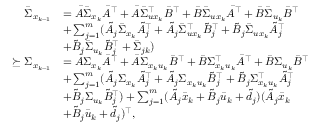
\begin{array} { r l } { \bar { \Sigma } _ { x _ { k + 1 } } } & { = \bar { A } \bar { \Sigma } _ { x _ { k } } \bar { A } ^ { \top } + \bar { A } \bar { \Sigma } _ { u x _ { k } } ^ { \top } \bar { B } ^ { \top } + \bar { B } \bar { \Sigma } _ { u x _ { k } } \bar { A } ^ { \top } + \bar { B } \bar { \Sigma } _ { u _ { k } } \bar { B } ^ { \top } } \\ & { + \sum _ { j = 1 } ^ { m } ( \tilde { A } _ { j } \bar { \Sigma } _ { x _ { k } } \tilde { A } _ { j } ^ { \top } + \tilde { A } _ { j } \bar { \Sigma } _ { u x _ { k } } ^ { \top } \tilde { B } _ { j } ^ { \top } + \tilde { B } _ { j } \bar { \Sigma } _ { u x _ { k } } \tilde { A } _ { j } ^ { \top } } \\ & { + \tilde { B } _ { j } \bar { \Sigma } _ { u _ { k } } \tilde { B } _ { j } ^ { \top } + \bar { \Sigma } _ { j k } ) } \\ { \succeq \Sigma _ { x _ { k + 1 } } } & { = \bar { A } \Sigma _ { x _ { k } } \bar { A } ^ { \top } + \bar { A } \Sigma _ { x _ { k } u _ { k } } \bar { B } ^ { \top } + \bar { B } \Sigma _ { x _ { k } u _ { k } } ^ { \top } \bar { A } ^ { \top } + \bar { B } \Sigma _ { u _ { k } } \bar { B } ^ { \top } } \\ & { + \sum _ { j = 1 } ^ { m } ( \tilde { A } _ { j } \Sigma _ { x _ { k } } \tilde { A } _ { j } ^ { \top } + \tilde { A } _ { j } \Sigma _ { x _ { k } u _ { k } } \tilde { B } _ { j } ^ { \top } + \tilde { B } _ { j } \Sigma _ { x _ { k } u _ { k } } ^ { \top } \tilde { A } _ { j } ^ { \top } } \\ & { + \tilde { B } _ { j } \Sigma _ { u _ { k } } \tilde { B } _ { j } ^ { \top } ) + \sum _ { j = 1 } ^ { m } ( \tilde { A } _ { j } \bar { x } _ { k } + \tilde { B } _ { j } \bar { u } _ { k } + \tilde { d } _ { j } ) ( \tilde { A } _ { j } \bar { x } _ { k } } \\ & { + \tilde { B } _ { j } \bar { u } _ { k } + \tilde { d } _ { j } ) ^ { \top } , } \end{array}